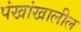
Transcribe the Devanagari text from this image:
पंखांखालील